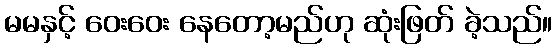
မမနှင့် ဝေးဝေး နေတော့မည်ဟု ဆုံးဖြတ် ခဲ့သည်။